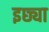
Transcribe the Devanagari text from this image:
इछ्या